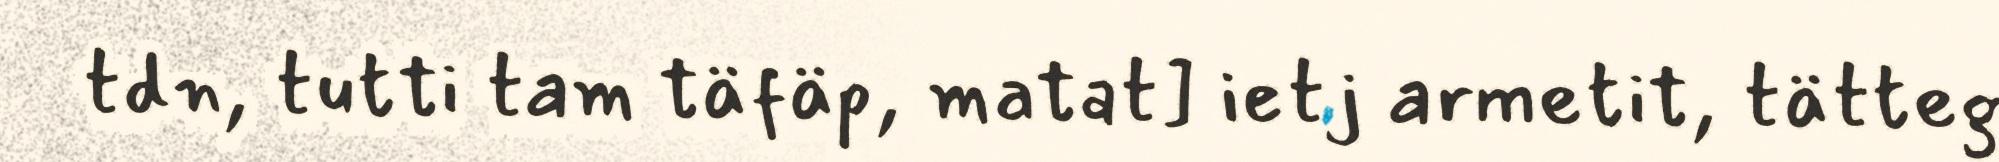
tdn, tutti tam täfäp, matat] ietj armetit, tätteg